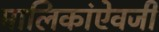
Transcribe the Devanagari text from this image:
मालिकांऐवजी